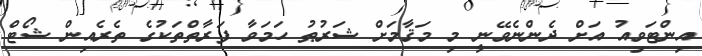
އިންޓަވިއު އަށް ދެންނެވޭނީ މި މަޤާމަށް ޝަރުޠު ހަމަވާ ފަރާތްތަކުގެ ތެރެއިން ޝޯޓް